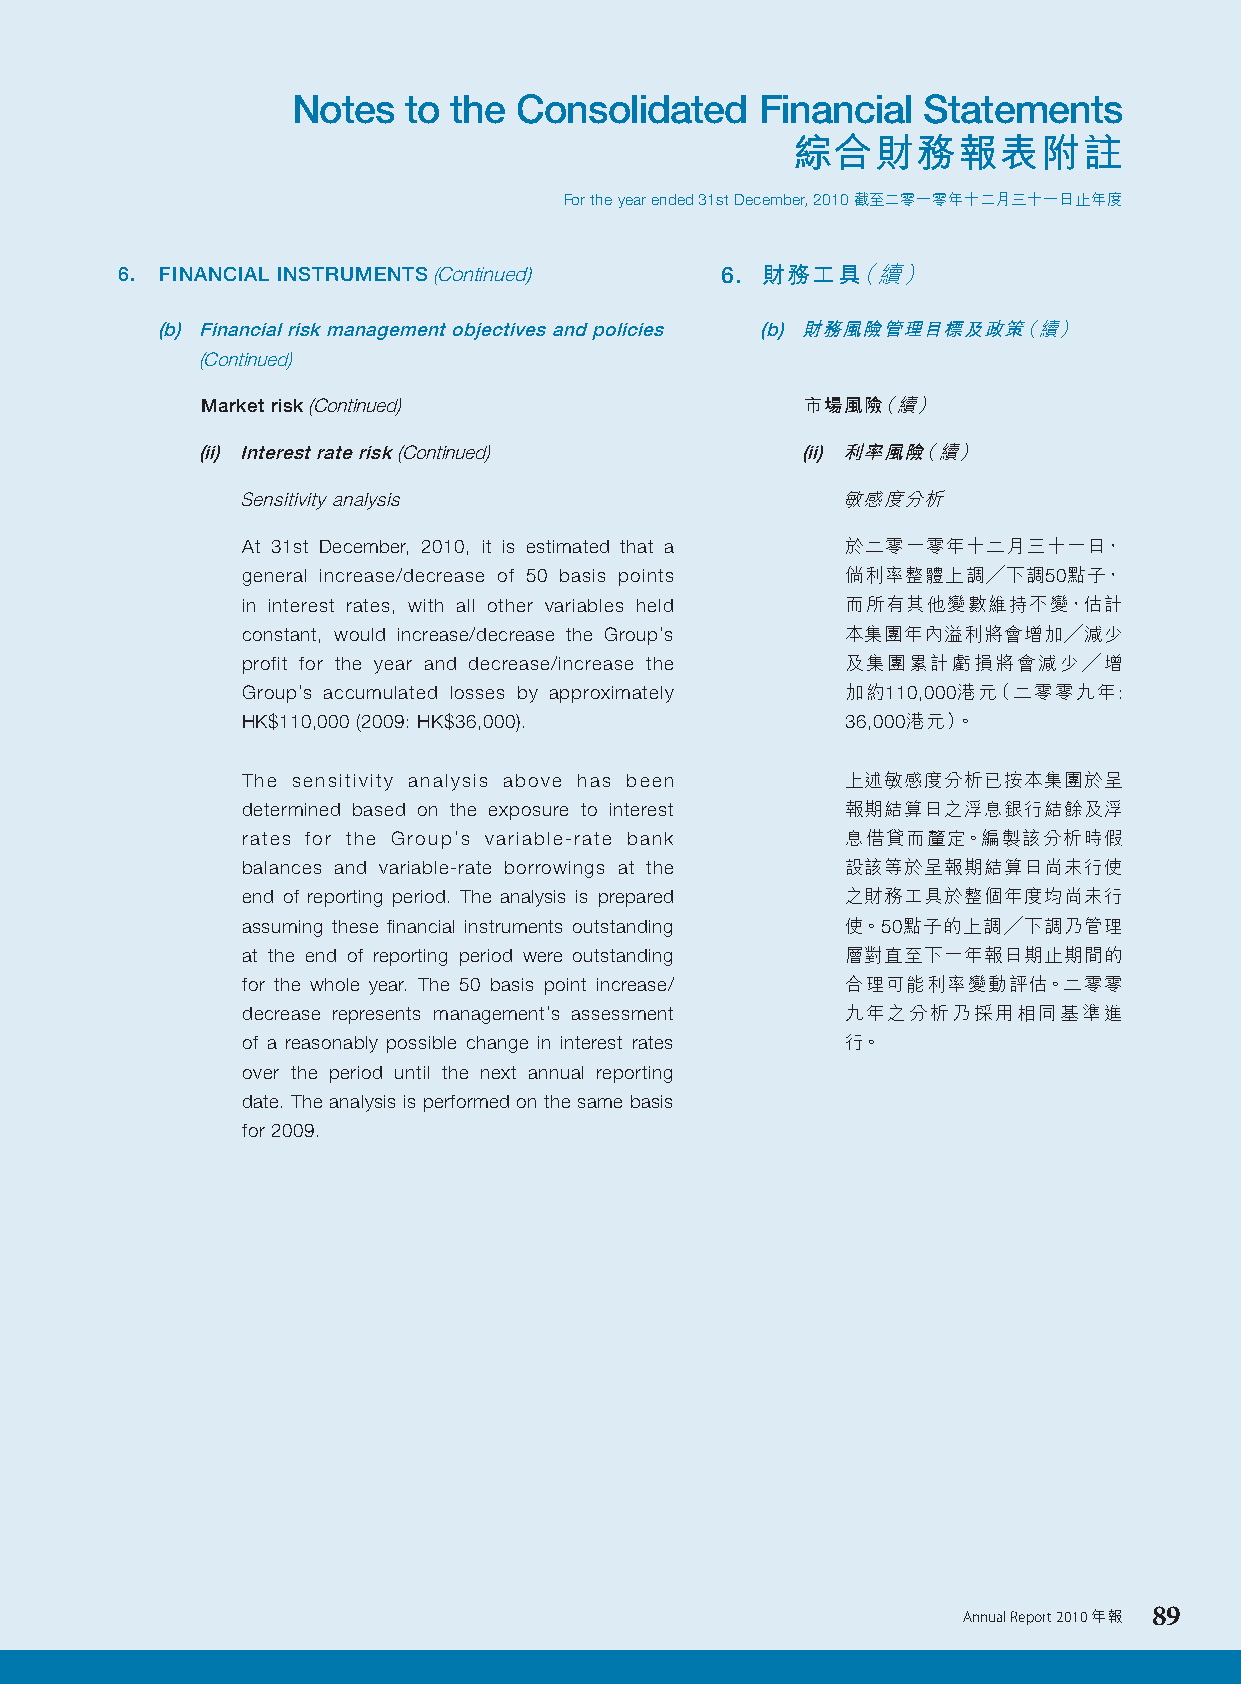
Notes   to the Consolidated    Financial  Statements
 綜合財務報表附註
 For the year ended 31st December, 2010 截至二零一零年十二月三十一日止年度
 6. FINANCIAL INSTRUMENTS (Continued)    6. 財務工具（續）
 (b) Financial risk management objectives and policies (b) 財務風險管理目標及政策（續）
 (Continued)
 Market risk (Continued)                 市場風險（續）
 (ii) Interest rate risk (Continued)     (ii) 利率風險（續）
 Sensitivity analysis                    敏感度分析
 At 31st December, 2010, it is estimated that a 於二零一零年十二月三十一日，
 general increase/decrease of 50 basis points 倘利率整體上調╱下調50點子，
 in interest rates, with all other variables held 而所有其他變數維持不變，估計
 constant, would increase/decrease the Group’s 本集團年內溢利將會增加╱減少
 profit for the year and decrease/increase the 及集團累計虧損將會減少╱增
 Group’s accumulated losses by approximately 加約110,000港元（二零零九年:
 HK$110,000 (2009: HK$36,000).           36,000港元）。
 The sensitivity analysis above has been 上述敏感度分析已按本集團於呈
 determined based on the exposure to interest 報期結算日之浮息銀行結餘及浮
 rates for the Group’s variable-rate bank 息借貸而釐定。編製該分析時假
 balances and variable-rate borrowings at the 設該等於呈報期結算日尚未行使
 end of reporting period. The analysis is prepared 之財務工具於整個年度均尚未行
 assuming these financial instruments outstanding 使。50點子的上調╱下調乃管理
 at the end of reporting period were outstanding 層對直至下一年報日期止期間的
 for the whole year. The 50 basis point increase/ 合理可能利率變動評估。二零零
 decrease represents management’s assessment 九年之分析乃採用相同基準進
 of a reasonably possible change in interest rates 行。
 over the period until the next annual reporting
 date. The analysis is performed on the same basis
 for 2009.
 Annual Report 2010 年報 89